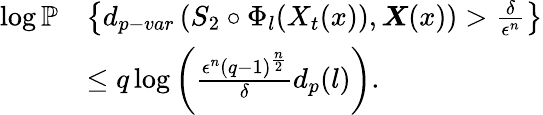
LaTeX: \begin{array}{rl}{\log\mathbb{P}}&{\left\{ d_{p-var}\left(S_{2}\circ\Phi_{l}(X_{t}(x)),\boldsymbol{X}(x)\right)>\frac{\delta}{\epsilon^{n}}\right\} }\\ &{\leq q\log\left(\frac{\epsilon^{n}(q-1)^{\frac{n}{2}}}{\delta}d_{p}(l)\right).}\end{array}